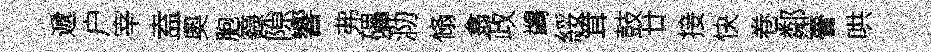
遞户宰盍奧胞籙隙響弗礧泐翛翕政鷁綏䇯鼓廿接快卷鄰瞢哄